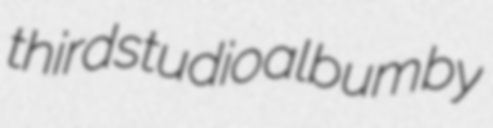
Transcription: third studio album by